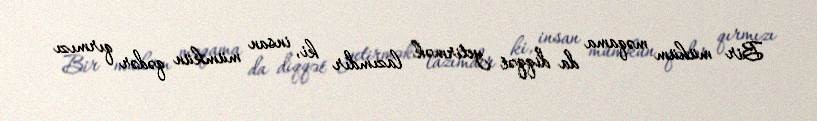
Bir mühüm məqama da diqqət yetirmək lazımdır ki, insan mümkün qədər qırmızı